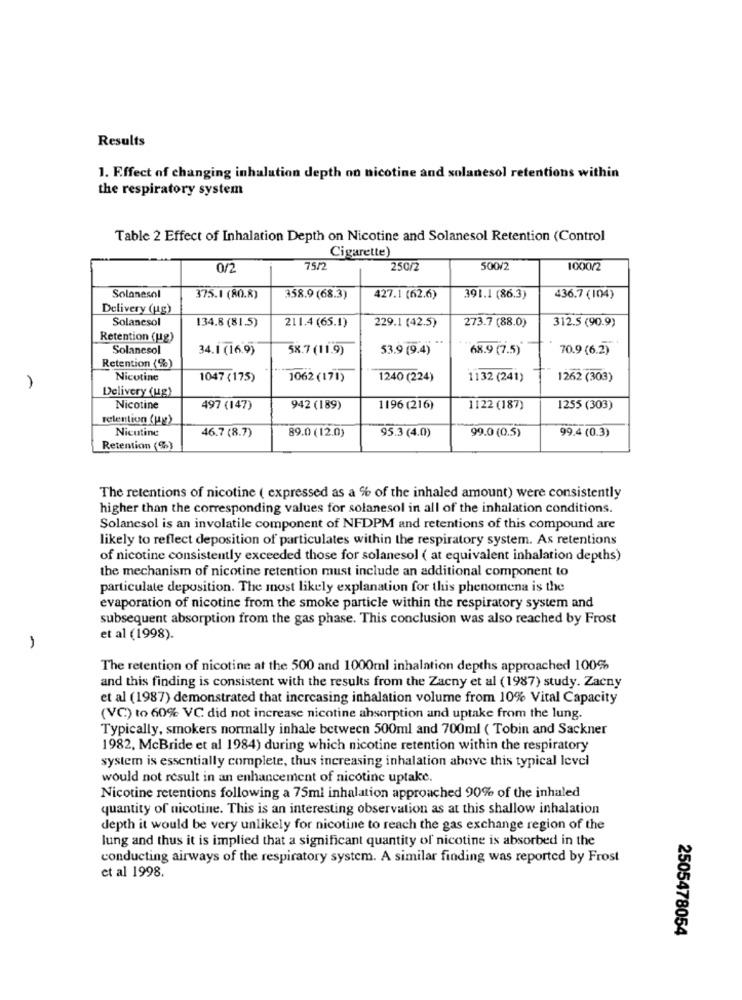
Results
1. Effect of changing inhalation depth on nicotine and solanesol retentions within
the respiratory system
Table 2 Effect of Inhalation Depth on Nicotine and Solanesol Retention (Control
Cigarette)
0/2
75/2
250/2
500/2
1000/2
Solanesol
375.1 (80.8)
358.9 (68.3)
427.1 (62.6)
391.1 (86.3)
436.7 (104)
Delivery (Hg)
Solanesol
134.8 (81.5)
211.4 (65.1)
229.1 (42.5)
273.7 (88.0)
312.5 (90.9)
Retention (H2)
Solanesol
34.1 (16.9)
58.7 (11.9)
53.9 (9.4)
68.9 (7.5)
70.9(6.2)
Retention (%)
Nicotine
1047 (175)
1062(171)
1240 (224)
1132 (241)
1262 (303)
Delivery (ug)
Nicotine
497 (147)
942 (189)
1196 (216)
1122 (187)
1255 (303)
retention (up)
Nicutine
46.7 (8.7)
89.0 (12.0)
95.3 (4.0)
99.0 (0.5)
99.4 (0.3)
Retention (%)
The retentions of nicotine ( expressed as a % of the inhaled amount) were consistently
higher than the corresponding values for solanesol in all of the inhalation conditions.
Solancsol is an involatile component of NFDPM and retentions of this compound are
likely to reflect deposition of particulates within the respiratory system. As retentions
of nicotine consistently exceeded those for solanesol ( at equivalent inhalation depths)
the mechanism of nicotine retention must include an additional component to
particulate deposition. The most likely explanation for this phenomena is the
evaporation of nicotine from the smoke particle within the respiratory system and
subsequent absorption from the gas phase. This conclusion was also reached by Frost
et al (1998).
The retention of nicotine at the 500 and 1000ml inhalation depths approached 100%
and this finding is consistent with the results from the Zacny et al (1987) study. Zacny
et al (1987) demonstrated that increasing inhalation volume from 10% Vital Capacity
(VC) to 60% VC did not increase nicotine absorption and uptake from the lung.
Typically, smokers normally inhale between 500ml and 700ml ( Tobin and Sackner
1982, McBride et al 1984) during which nicotine retention within the respiratory
system is essentially complete, thus increasing inhalation above this typical level
would not result in an enhancement of nicotine uptake.
Nicotine retentions following a 75ml inhalation approached 90% of the inhaled
quantity of nicotine. This is an interesting observation as at this shallow inhalation
depth it would be very unlikely for nicotine to reach the gas exchange region of the
lung and thus it is implied that a significant quantity of nicotine is absorbed in the
conducting airways of the respiratory system. A similar finding was reported by Frost
et al 1998.
2505478054